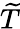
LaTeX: \widetilde{T}